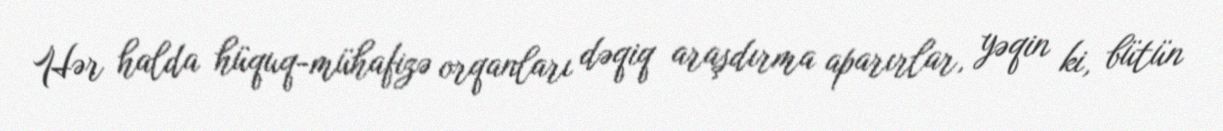
Hər halda hüquq-mühafizə orqanları dəqiq araşdırma aparırlar, yəqin ki, bütün